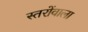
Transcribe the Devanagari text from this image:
स्तरोंवाला